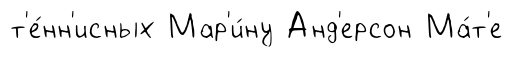
т'е́нн'исных Мар'и́ну Анд'ерсон Ма́т'е